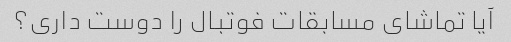
آیا تماشای مسابقات فوتبال را دوست داری؟